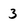
Character: 3